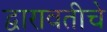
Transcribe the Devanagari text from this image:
द्वारावतीचे